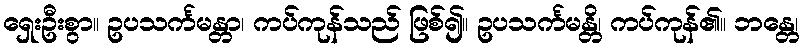
ရှေးဦးစွာ။ ဥပသင်္ကမန္တာ၊ ကပ်ကုန်သည် ဖြစ်၍။ ဥပသင်္ကမန္တိ၊ ကပ်ကုန်၏။ ဘန္တေ၊